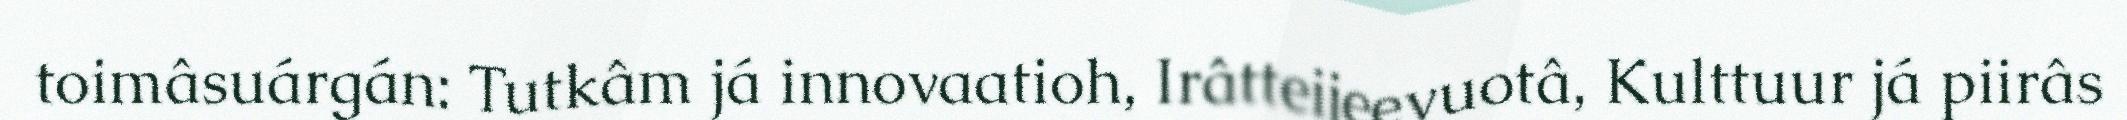
toimâsuárgán: Tutkâm já innovaatioh, Irâtteijeevuotâ, Kulttuur já piirâs